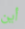
أين